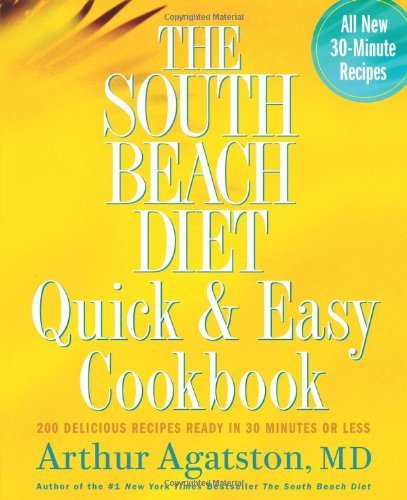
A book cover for by Arthur Agatston (Author)The South Beach Diet Quick and Easy Cookbook: 200 Delicious Recipes Ready in 30 Minutes or Less [Bargain Price] (Hardcover); Arthur Agatston; Health, Fitness & Dieting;